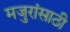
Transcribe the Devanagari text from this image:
मजुरांसाठी